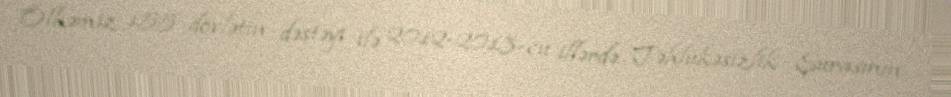
Ölkəmiz 155 dövlətin dəstəyi ilə 2012-2013-cü illərdə Təhlükəsizlik Şurasının